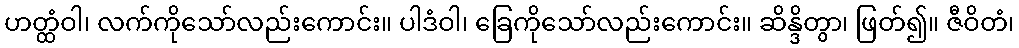
ဟတ္ထံဝါ၊ လက်ကိုသော်လည်းကောင်း။ ပါဒံဝါ၊ ခြေကိုသော်လည်းကောင်း။ ဆိန္ဒိတွာ၊ ဖြတ်၍။ ဇီဝိတံ၊